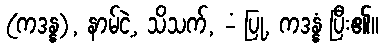
(ကဒန္န), နာမ်ငဲ့, သိသက်, -ံ ပြု, ကဒန္နံ ပြီး၏။